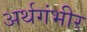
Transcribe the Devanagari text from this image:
अर्थगंभीर